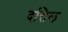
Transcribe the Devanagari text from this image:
दत्तिल